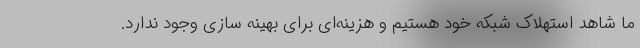
ما شاهد استهلاک شبکه خود هستیم و هزینه‌ای برای بهینه سازی وجود ندارد.